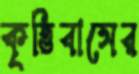
কৃত্তিবাসের